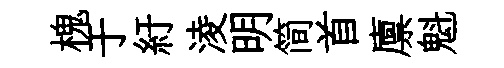
槐于紆淩明简首廪魁